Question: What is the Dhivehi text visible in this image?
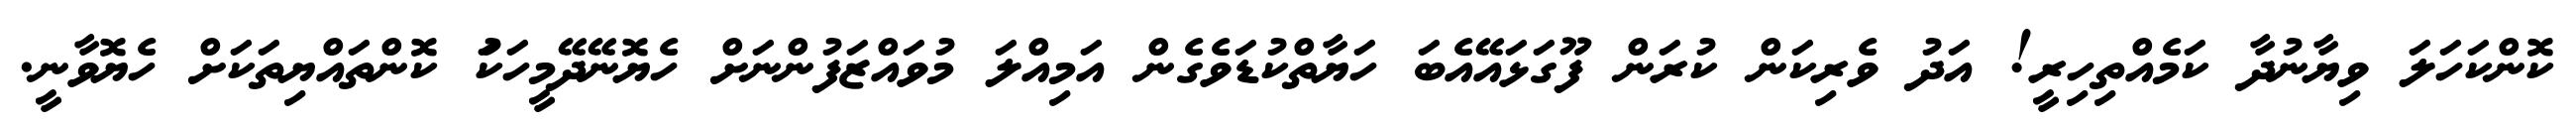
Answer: ކޮންކަހަލަ ވިޔާނުދާ ކަމެއްތިހިރީ! އަދު ވެރިކަން ކުރަން ފޫގަޅައޭއެބަ ހަޔާތްކުޑަވެގެން އަމިއްލަ މުވައްޒަފުންނަށް ހެޔޮނޭދޭމީހަކަު ކޮންތައްޔިތަކަށް ހެޔޮވާނީ.